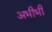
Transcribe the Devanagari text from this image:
अभीभी